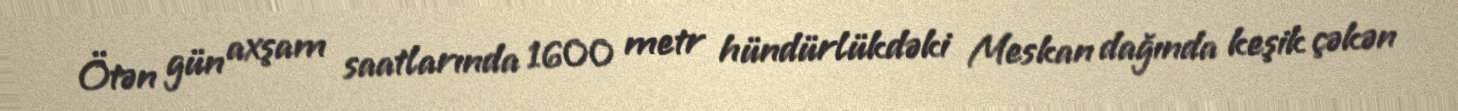
Ötən gün axşam saatlarında 1600 metr hündürlükdəki Meskan dağında keşik çəkən